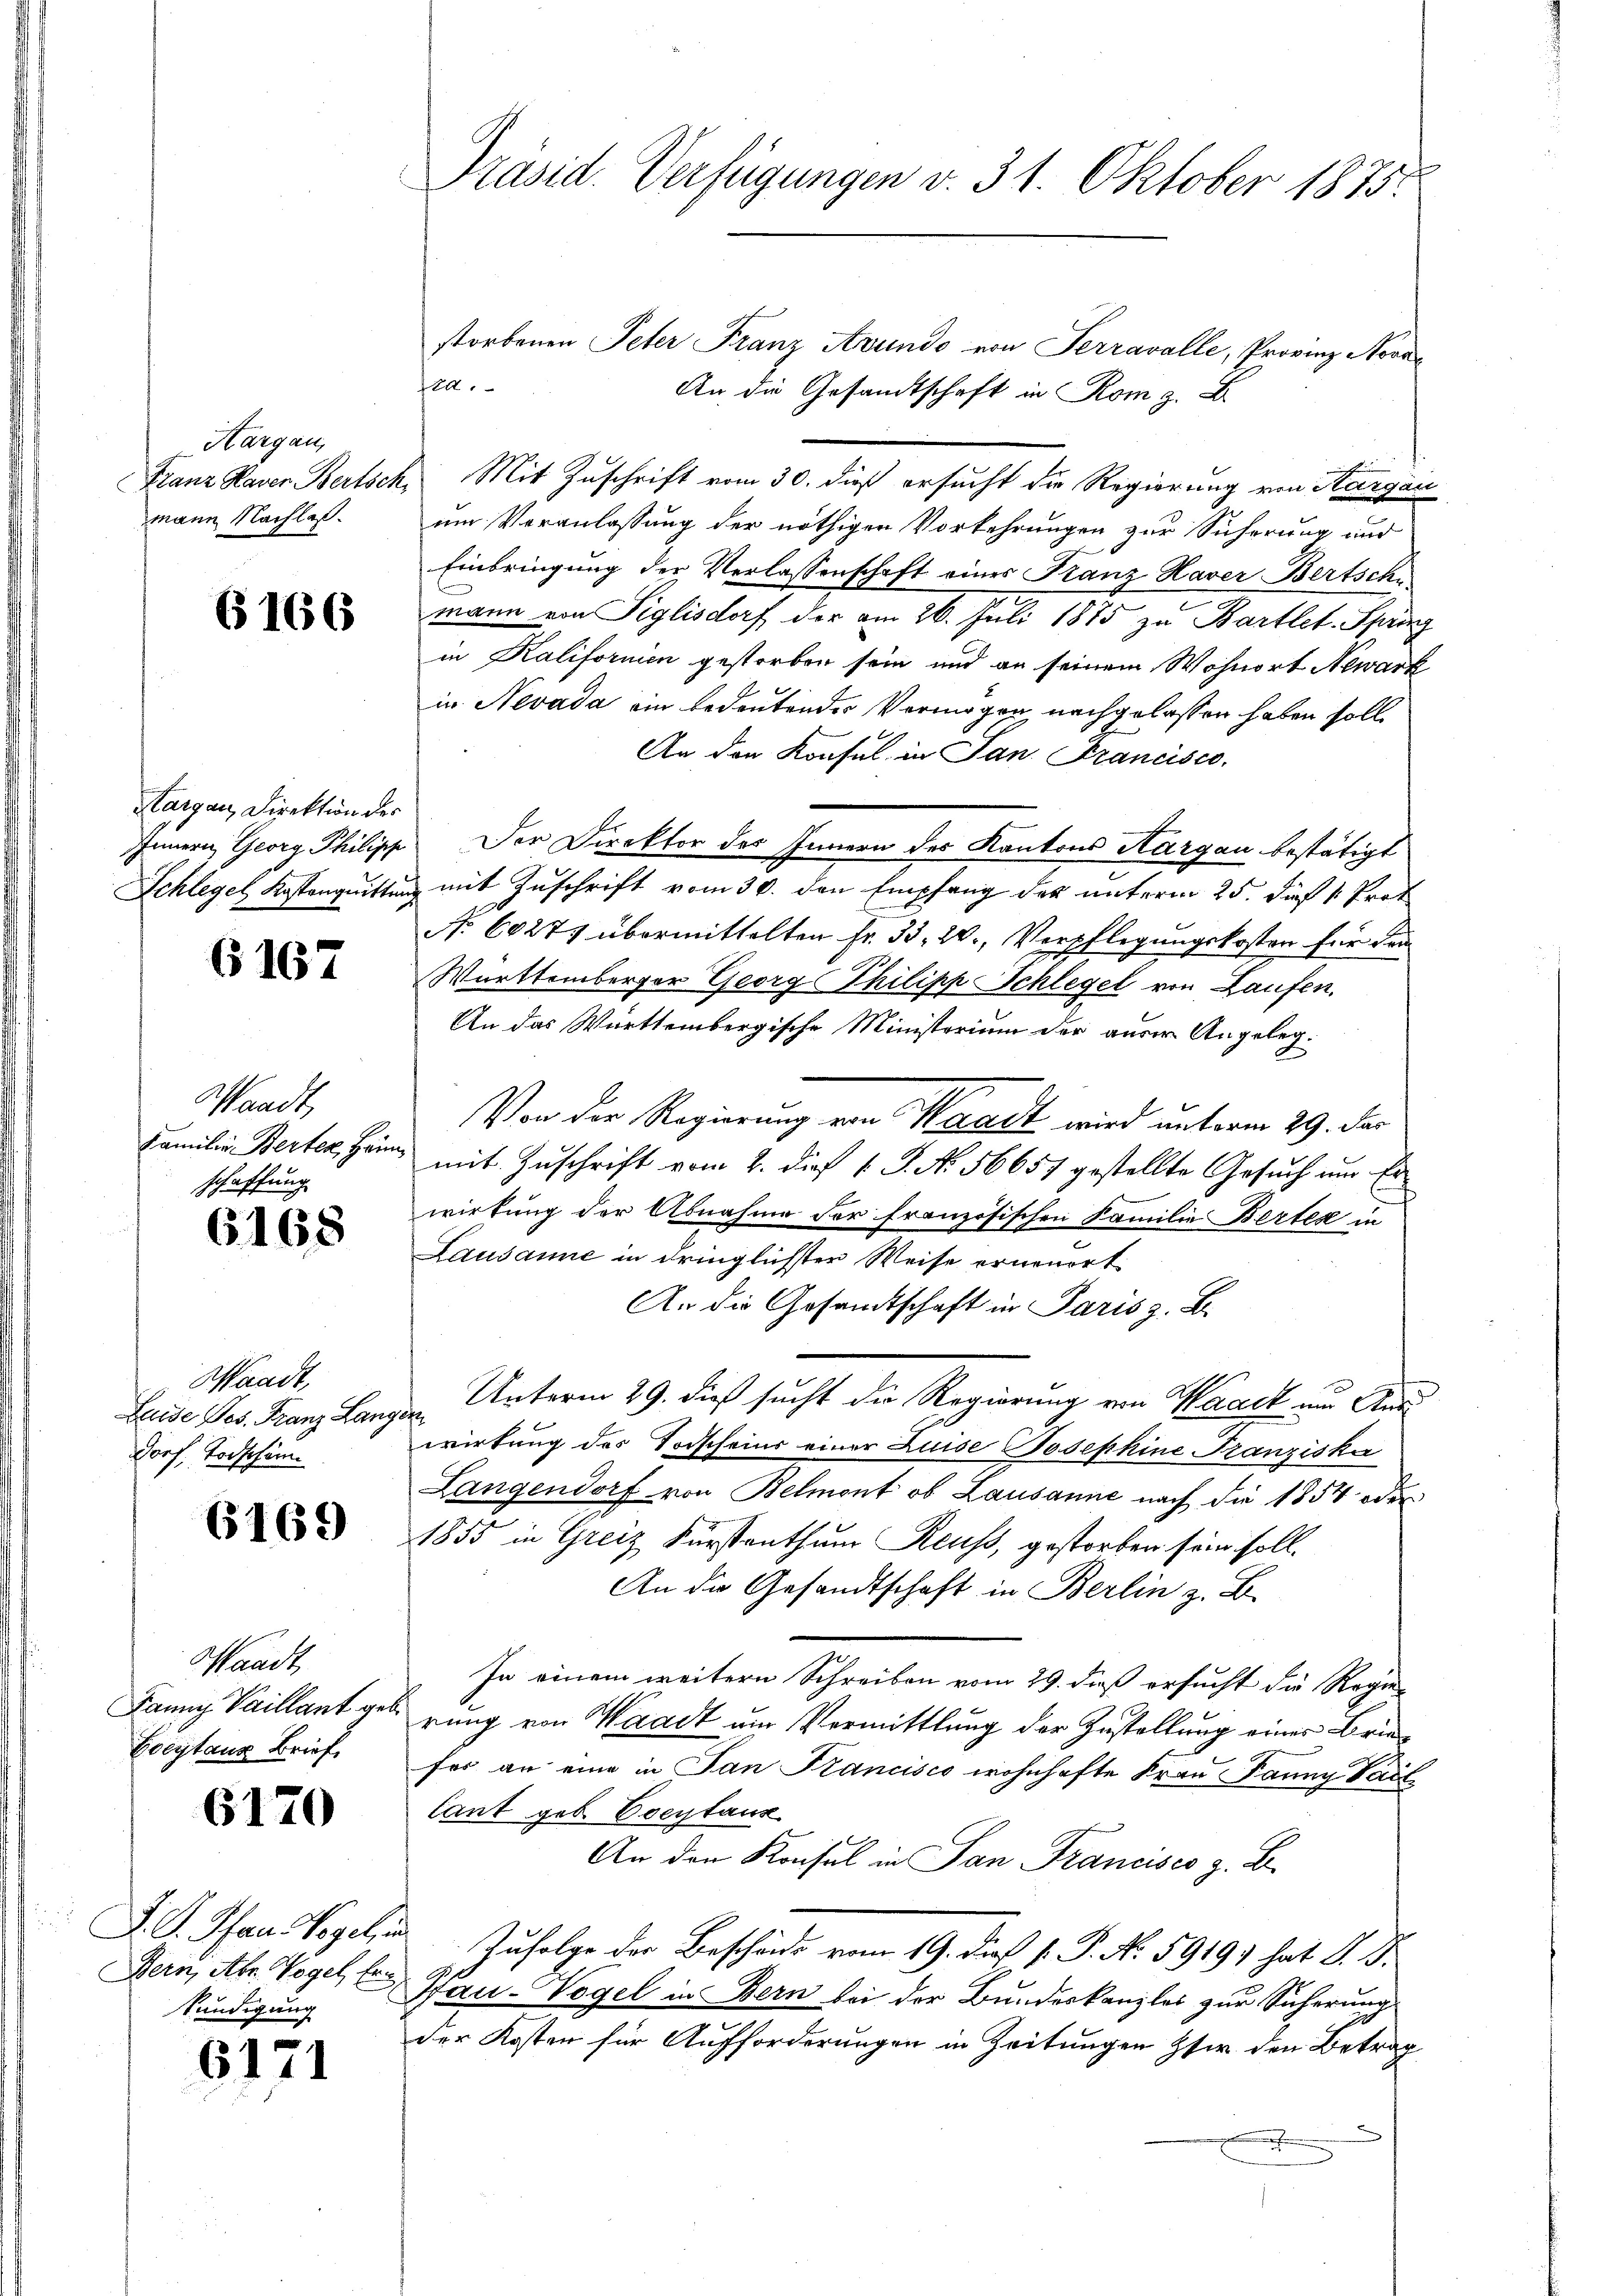
Hargau,
mann Nachlaß.

6166

Hargau, Direktion des

6167

Waadt,
schaffung

6168

Waadt,
Leide Ges. Franz Langer
dorf, Todschu

6169

Waadt
Fanny Vaillant geb.
Eoeytaus Brief,

6170

Bern, Abr. Vogel, Fri
kundigung

6171

Präsid. Verfügungen v. 31. Oktober 1875.

storbenen Peter Franz Avundo von Terravalle, Provinz Novaa.
An die Gesandtschaft in Rom z. B
Franz Haver Bertsch. Mit Zuschrift vom 30. dieß ersucht die Regierung von Aargau
um Veranlassung der nöthigen Vorkehrungen zur Sicherung und
Einbringung der Verlassenschaft eines Franz Haver Bertsche
mann von Siglisdorf der am 26. Juli 1875 zu Bartlet. Sprach
in Kalifornien gestorben sein und an seinem Wohnort Newark
in Nevada ein bedeutendes Vermögen nachgelassen haben soll.
An den Konsul in Jan. Francisco
Innern Georg Philipp Der Direktor des Innern des Kantons Aargau bestätigt
Schlegel Kastanguittung mit Zuschrift vom 30. den Empfang des unterm 25. dieß v. Prof
No. 60275 übermittelten Fr. 35, 20. Verpflegungskosten für den
Württemberger Georg Philipp Schlegel von Laufen.
An das Württembergische Ministerium der auser Angeleg¬
Von der Regierung von Waadt wird unterm 29. der
Familie Berten Heim mit Zuschrift vom 2. dieß v. J. N. 56657 gestellte Gesuch um Er
wirkung der Abnahme der französischen Familie Bertes in
Lausanne in dringlichster Weise erneuert.
An die Gesandtschaft in Paris z. B.
Unterm 29. dieß sucht die Regierung von Waack um Aus
wirkung des Todscheins einer Luise Josephine Franziska
Langendorf von Belmont ob Lausanne nach die 1854 oder
1855 in Greiz Kurstenthum Reuss, gestorben sein soll.
An die Gesandtschaft in Berlin z. B.
In einem weitern Schreiben vom 29. dieß ersucht die Regie-
rung von Waadt um Vermittlung der Zustellung einer Briefer an eine in San Francisco wohnhafte Frau Panny Part
lant geb. Eoeytaux
An den Konsul in San Francisco z. B.
F. S. Pfand Vogel in Zufolge der Beschände vom 19. dieß s. P. N. 5919) hat d. d.
Pau-Vogel in Bern bei der Bundeskanzlei zur Sicherung
der Kosten für Aufforderungen in Zeitungen ser den Betrag
f